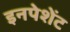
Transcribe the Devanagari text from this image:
इनपेशेंट